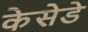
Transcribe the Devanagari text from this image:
केसेडे